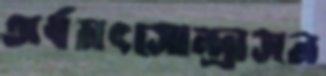
অর্ধমৎসোন্দ্রাসন